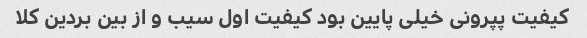
کیفیت پپرونی خیلی پایین بود کیفیت اول سیب و از بین بردین کلا